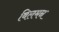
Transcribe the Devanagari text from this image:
विलमन